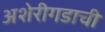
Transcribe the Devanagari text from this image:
अशेरीगडाची